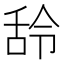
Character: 𮍶